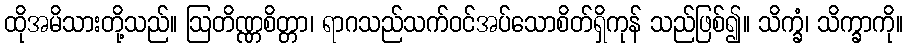
ထိုအမိသားတို့သည်။ ဩတိဏ္ဏစိတ္တာ၊ ရာဂသည်သက်ဝင်အပ်သောစိတ်ရှိကုန် သည်ဖြစ်၍။ သိက္ခံ၊ သိက္ခာကို။